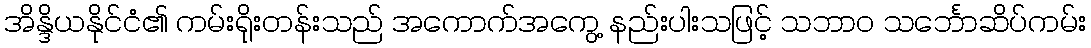
အိန္ဒိယနိုင်ငံ၏ ကမ်းရိုးတန်းသည် အကောက်အကွေ့ နည်းပါးသဖြင့် သဘာဝ သင်္ဘောဆိပ်ကမ်း